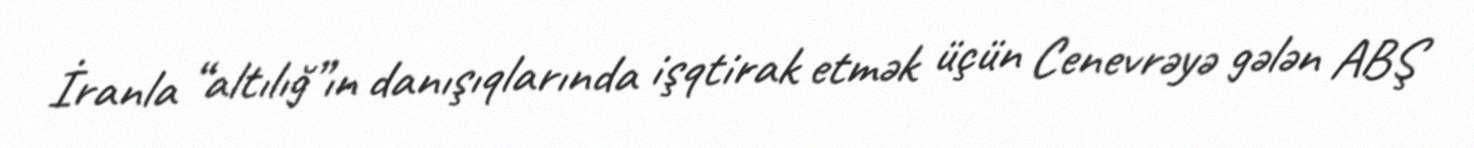
İranla “altılığ”ın danışıqlarında işqtirak etmək üçün Cenevrəyə gələn ABŞ